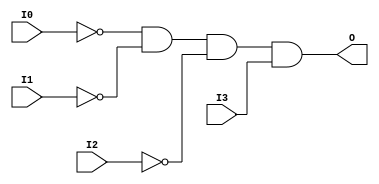
// $Header: /devl/xcs/repo/env/Databases/CAEInterfaces/verunilibs/data/uni9000/AND4B3.v,v 1.4 2007/05/23 20:04:50 patrickp Exp $
///////////////////////////////////////////////////////////////////////////////
// Copyright (c) 1995/2004 Xilinx, Inc.
// All Right Reserved.
///////////////////////////////////////////////////////////////////////////////
//   ____  ____
//  /   /\/   /
// /___/  \  /    Vendor : Xilinx
// \   \   \/     Version : 7.1i (H.19)
//  \   \         Description : Xilinx Functional Simulation Library Component
//  /   /                  4-input AND Gate
// /___/   /\     Filename : AND4B3.v
// \   \  /  \    Timestamp : Thu Mar 25 16:41:30 PST 2004
//  \___\/\___\
//
// Revision:
//    03/23/04 - Initial version.
//    05/23/07 - Added wire declaration for internal signals.
//    05/23/07 - Changed timescale to 1 ps / 1 ps.

`timescale  1 ps / 1 ps

`celldefine

module AND4B3 (O, I0, I1, I2, I3);


    output O;

    input  I0, I1, I2, I3;

    wire i0_inv;
    wire i1_inv;
    wire i2_inv;

    not N2 (i2_inv, I2);
    not N1 (i1_inv, I1);
    not N0 (i0_inv, I0);
    and A1 (O, i0_inv, i1_inv, i2_inv, I3);

    specify
	(I0 *> O) = (0, 0);
	(I1 *> O) = (0, 0);
	(I2 *> O) = (0, 0);
	(I3 *> O) = (0, 0);
    endspecify

endmodule

`endcelldefine